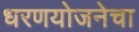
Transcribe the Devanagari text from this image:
धरणयोजनेचा